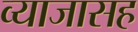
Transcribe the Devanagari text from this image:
व्याजासह